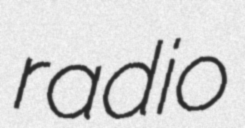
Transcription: radio